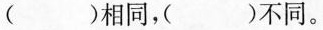
()相同，()不同。